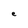
Character: e